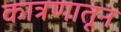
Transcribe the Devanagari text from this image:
कात्रणातून